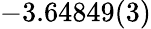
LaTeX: -3.64849(3)